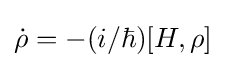
{\dot {\rho }}=-(i/\hbar )[H,\rho ]